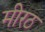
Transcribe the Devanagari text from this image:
मीरठ